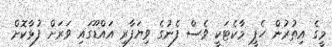
މީގެ އިތުރުން ހެޕީ މާކެޓަކީ ވެސް ފެނުގެ ވިޔަފާރި އައްޑޫގައި ވަރަށް ފުޅާކޮށް